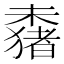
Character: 𬄞